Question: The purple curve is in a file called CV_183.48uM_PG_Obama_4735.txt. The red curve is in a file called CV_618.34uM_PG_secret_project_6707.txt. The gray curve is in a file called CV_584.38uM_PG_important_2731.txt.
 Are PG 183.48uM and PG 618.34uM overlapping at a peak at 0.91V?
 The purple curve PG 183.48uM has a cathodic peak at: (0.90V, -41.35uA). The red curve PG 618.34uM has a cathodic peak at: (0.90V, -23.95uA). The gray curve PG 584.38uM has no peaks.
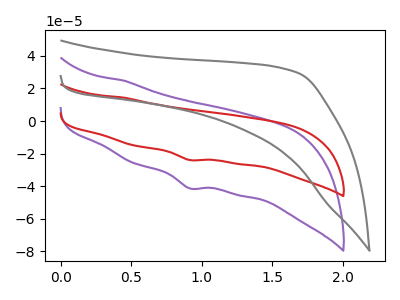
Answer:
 <answer>Yes, "PG 183.48uM" and "PG 618.34uM" share a peak at 0.91V.</answer>
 <eval>match</eval>